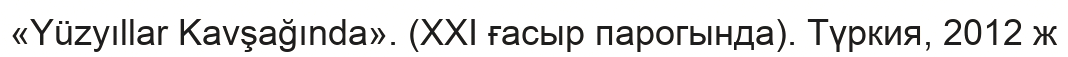
«Yüzyıllar Kavşağında». (ХХІ ғасыр парогында). Түркия, 2012 ж